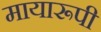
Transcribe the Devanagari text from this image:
मायारूपी